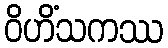
ဝိဟိံသကဿ